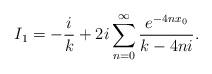
LaTeX: \begin{align*}I_{1}=-\frac{i}{k}+2i\sum_{n=0}^{\infty}\frac{e^{-4nx_{0}}}{k-4ni}.\end{align*}